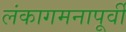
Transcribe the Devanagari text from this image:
लंकागमनापूर्वी